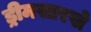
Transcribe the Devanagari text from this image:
ड्रीमसारखे